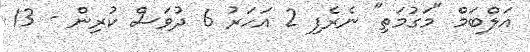
އަލްބަމް "މަގުމަތި" ނެރެފި 2 އަހަރު 6 ދުވަސް ކުރިން - 13